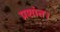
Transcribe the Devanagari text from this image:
प्रशांत।